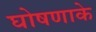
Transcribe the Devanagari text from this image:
घोषणाके